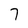
Character: 7